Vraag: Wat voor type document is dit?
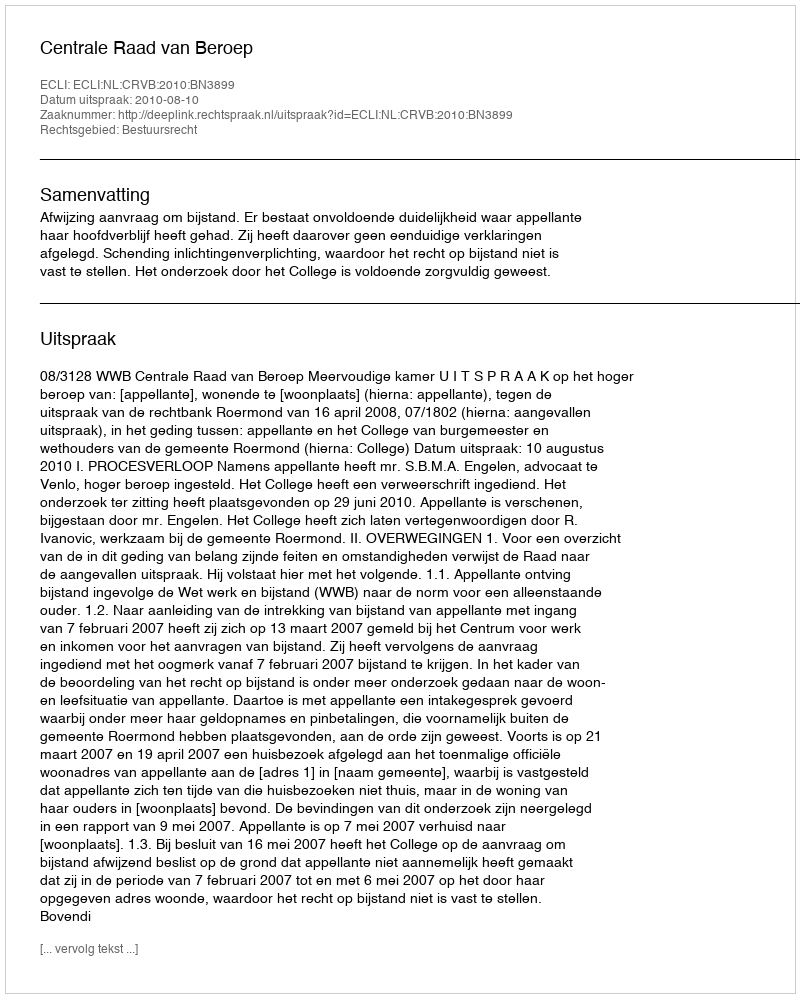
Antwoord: Uitspraak